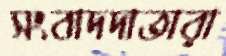
সংবাদদাতারা